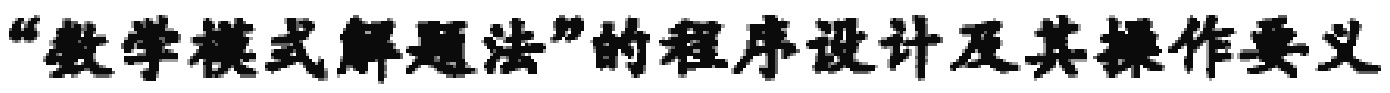
“数学模式解题法”的程序设计及其操作要义